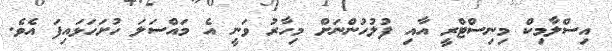
އިސްލާމިކް މިނިސްޓްރީ އާއި ފުލުހުންނަށް މިހާރު ވަނީ އެ މައްސަލަ ހުށަހަޅައިފަ އެވެ.